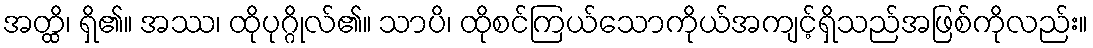
အတ္ထိ၊ ရှိ၏။ အဿ၊ ထိုပုဂ္ဂိုလ်၏။ သာပိ၊ ထိုစင်ကြယ်သောကိုယ်အကျင့်ရှိသည်အဖြစ်ကိုလည်း။